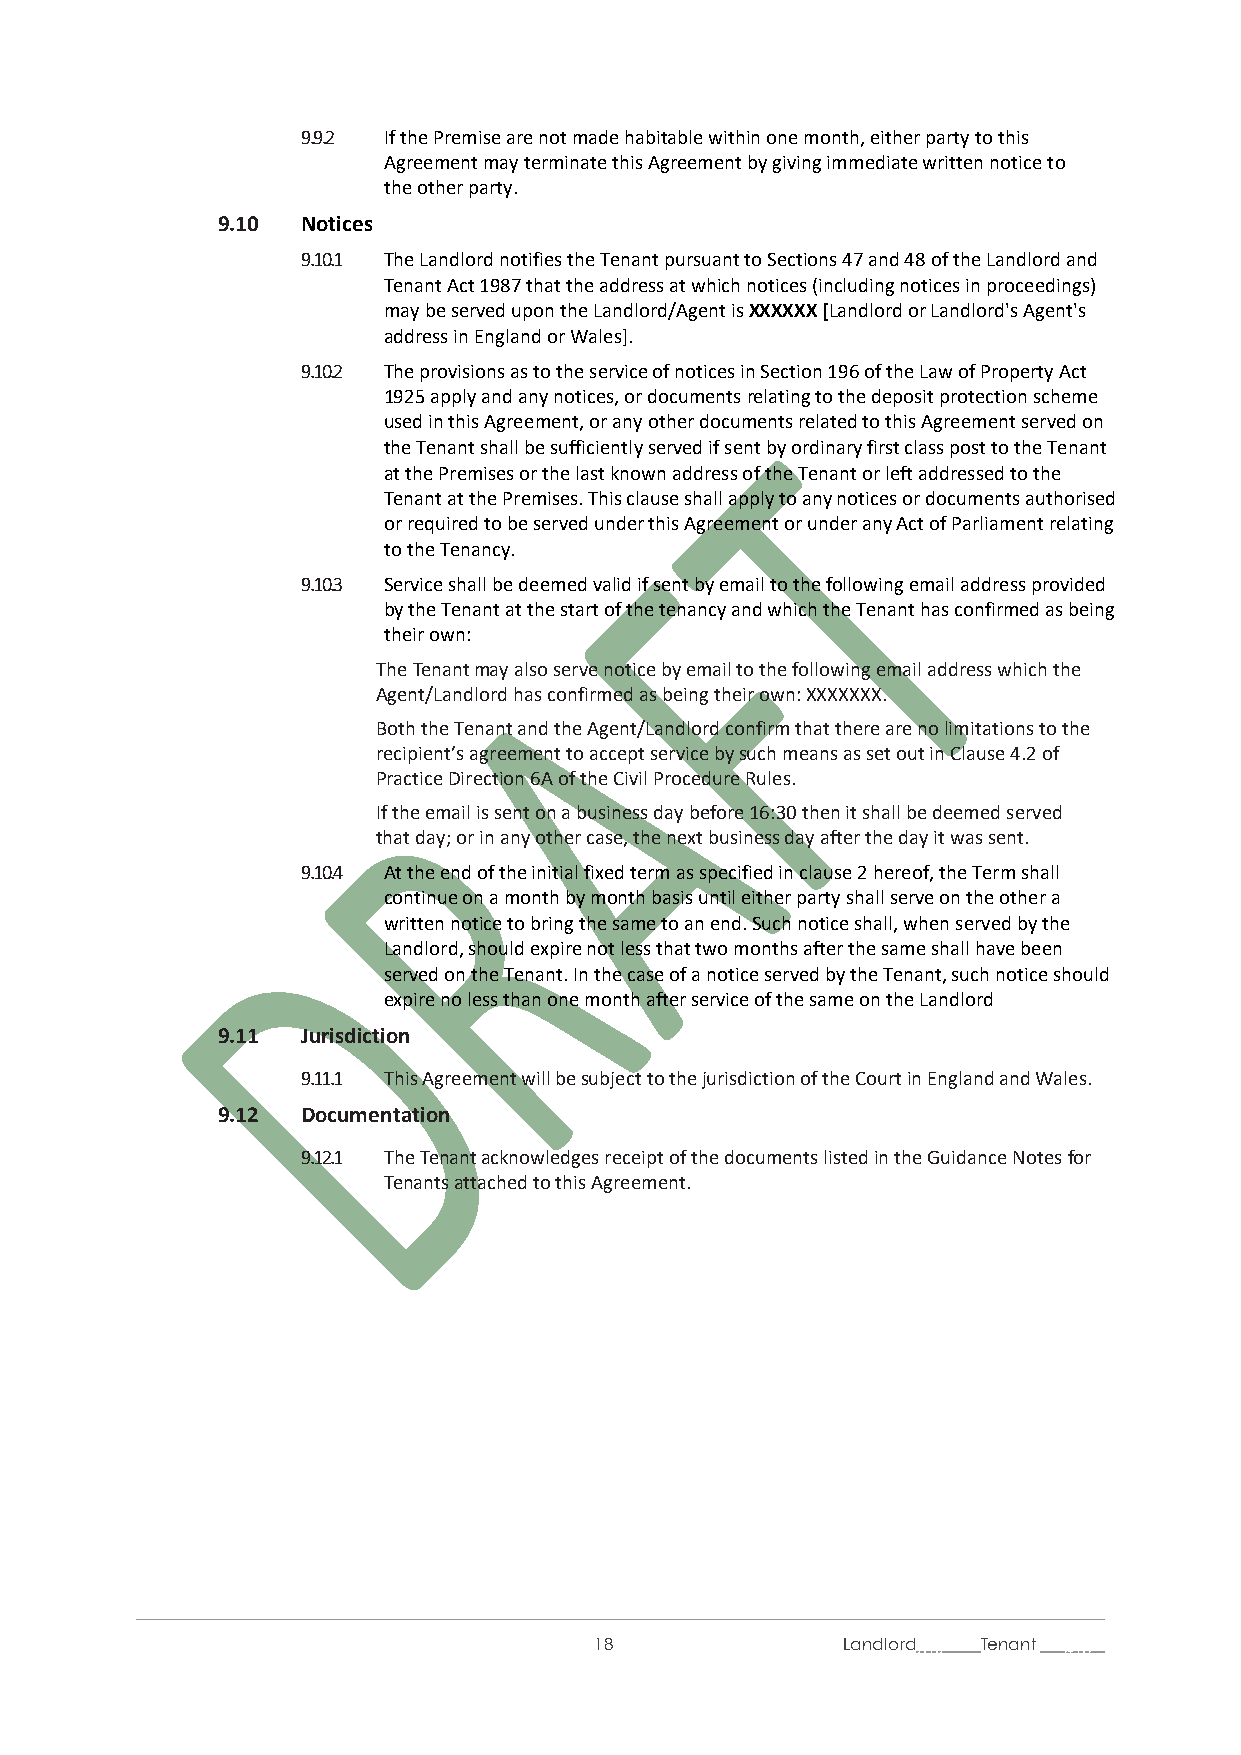
9.9.2 If the Premise are not made habitable within one month, either party to this
 Agreement may terminate this Agreement by giving immediate written notice to
 the other party.
 9.10  Notices
 9.10.1 The Landlord notifies the Tenant pursuant to Sections 47 and 48 of the Landlord and
 Tenant Act 1987 that the address at which notices (including notices in proceedings)
 may be served upon the Landlord/Agent is XXXXXX [Landlord or Landlord's Agent's
 address in England or Wales].
 9.10.2 The provisions as to the service of notices in Section 196 of the Law of Property Act
 1925 apply and any notices, or documents relating to the deposit protection scheme
 used in this Agreement, or any other documents related to this Agreement served on
 the Tenant shall be sufficiently served if sent by ordinary first class post to the Tenant
 at the Premises or the last known address of the Tenant or left addressed to the
 Tenant at the Premises. This clause shall apply to any notices or documents authorised
 or required to be served under this Agreement or under any Act of Parliament relating
 to the Tenancy.
 9.10.3 Service shall be deemed valid if sent by email to the following email address provided
 by the Tenant at the start of the tenancy and which the Tenant has confirmed as being
 their own:
 The Tenant may also serve notice by email to the following email address which the
 Agent/Landlord has confirmed as being their own: XXXXXXX.
 Both the Tenant and the Agent/Landlord confirm that there are no limitations to the
 recipient’s agreement to accept service by such means as set out in Clause 4.2 of
 Practice Direction 6A of the Civil Procedure Rules.
 If the email is sent on a business day before 16:30 then it shall be deemed served
 that day; or in any other case, the next business day after the day it was sent.
 9.10.4 At the end of the initial fixed term as specified in clause 2 hereof, the Term shall
 continue on a month by month basis until either party shall serve on the other a
 written notice to bring the same to an end. Such notice shall, when served by the
 Landlord, should expire not less that two months after the same shall have been
 served on the Tenant. In the case of a notice served by the Tenant, such notice should
 expire no less than one month after service of the same on the Landlord
 9.11  Jurisdiction
 9.11.1 This Agreement will be subject to the jurisdiction of the Court in England and Wales.
 9.12  Documentation
 9.12.1 The Tenant acknowledges receipt of the documents listed in the Guidance Notes for
 Tenants attached to this Agreement.
 18               Landlord / l1i/ Tenant /t1i/